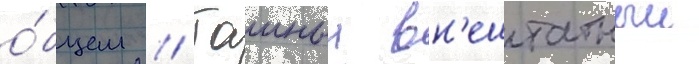
о́бщем // Таиныи вн'ештатныи